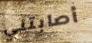
أصابتني